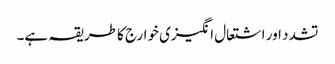
تشدد اور اشتعال انگیزی خوارج کا طریقہ ہے۔